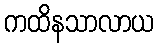
ကထိနသာလာယ